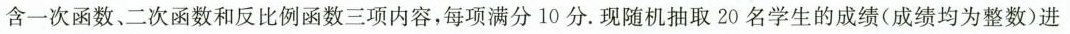
含一次函数、二次函数和反比例函数三项内容，每项满分10分.现随机抽取20名学生的成绩(成绩均为整数)进